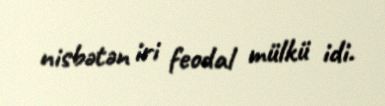
nisbətən iri feodal mülkü idi.